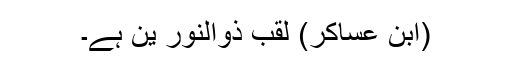
(ابن عساکر) لقب ذوالنور ین ہے۔